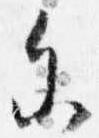
参